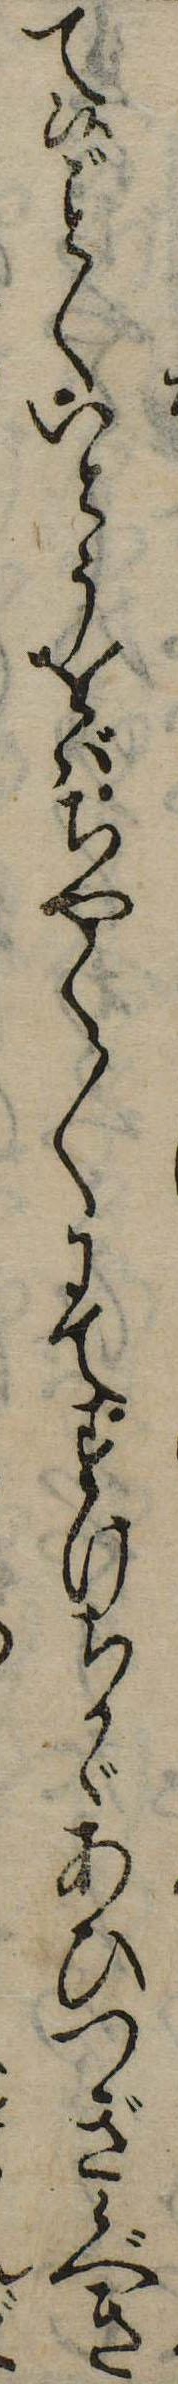
て候くいとうをばちやく〱にてすけちかゞあひつぎ候べき